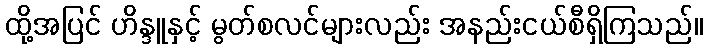
ထို့အပြင် ဟိန္ဒူနှင့် မွတ်စလင်များလည်း အနည်းငယ်စီရှိကြသည်။